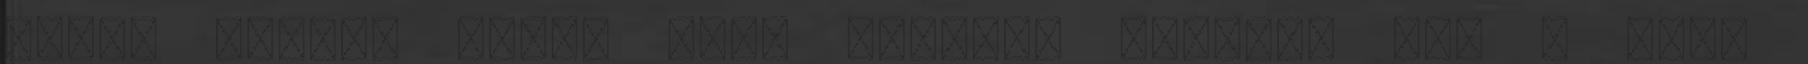
pedig régóta hiába várt unokáit fedezte fel a szír